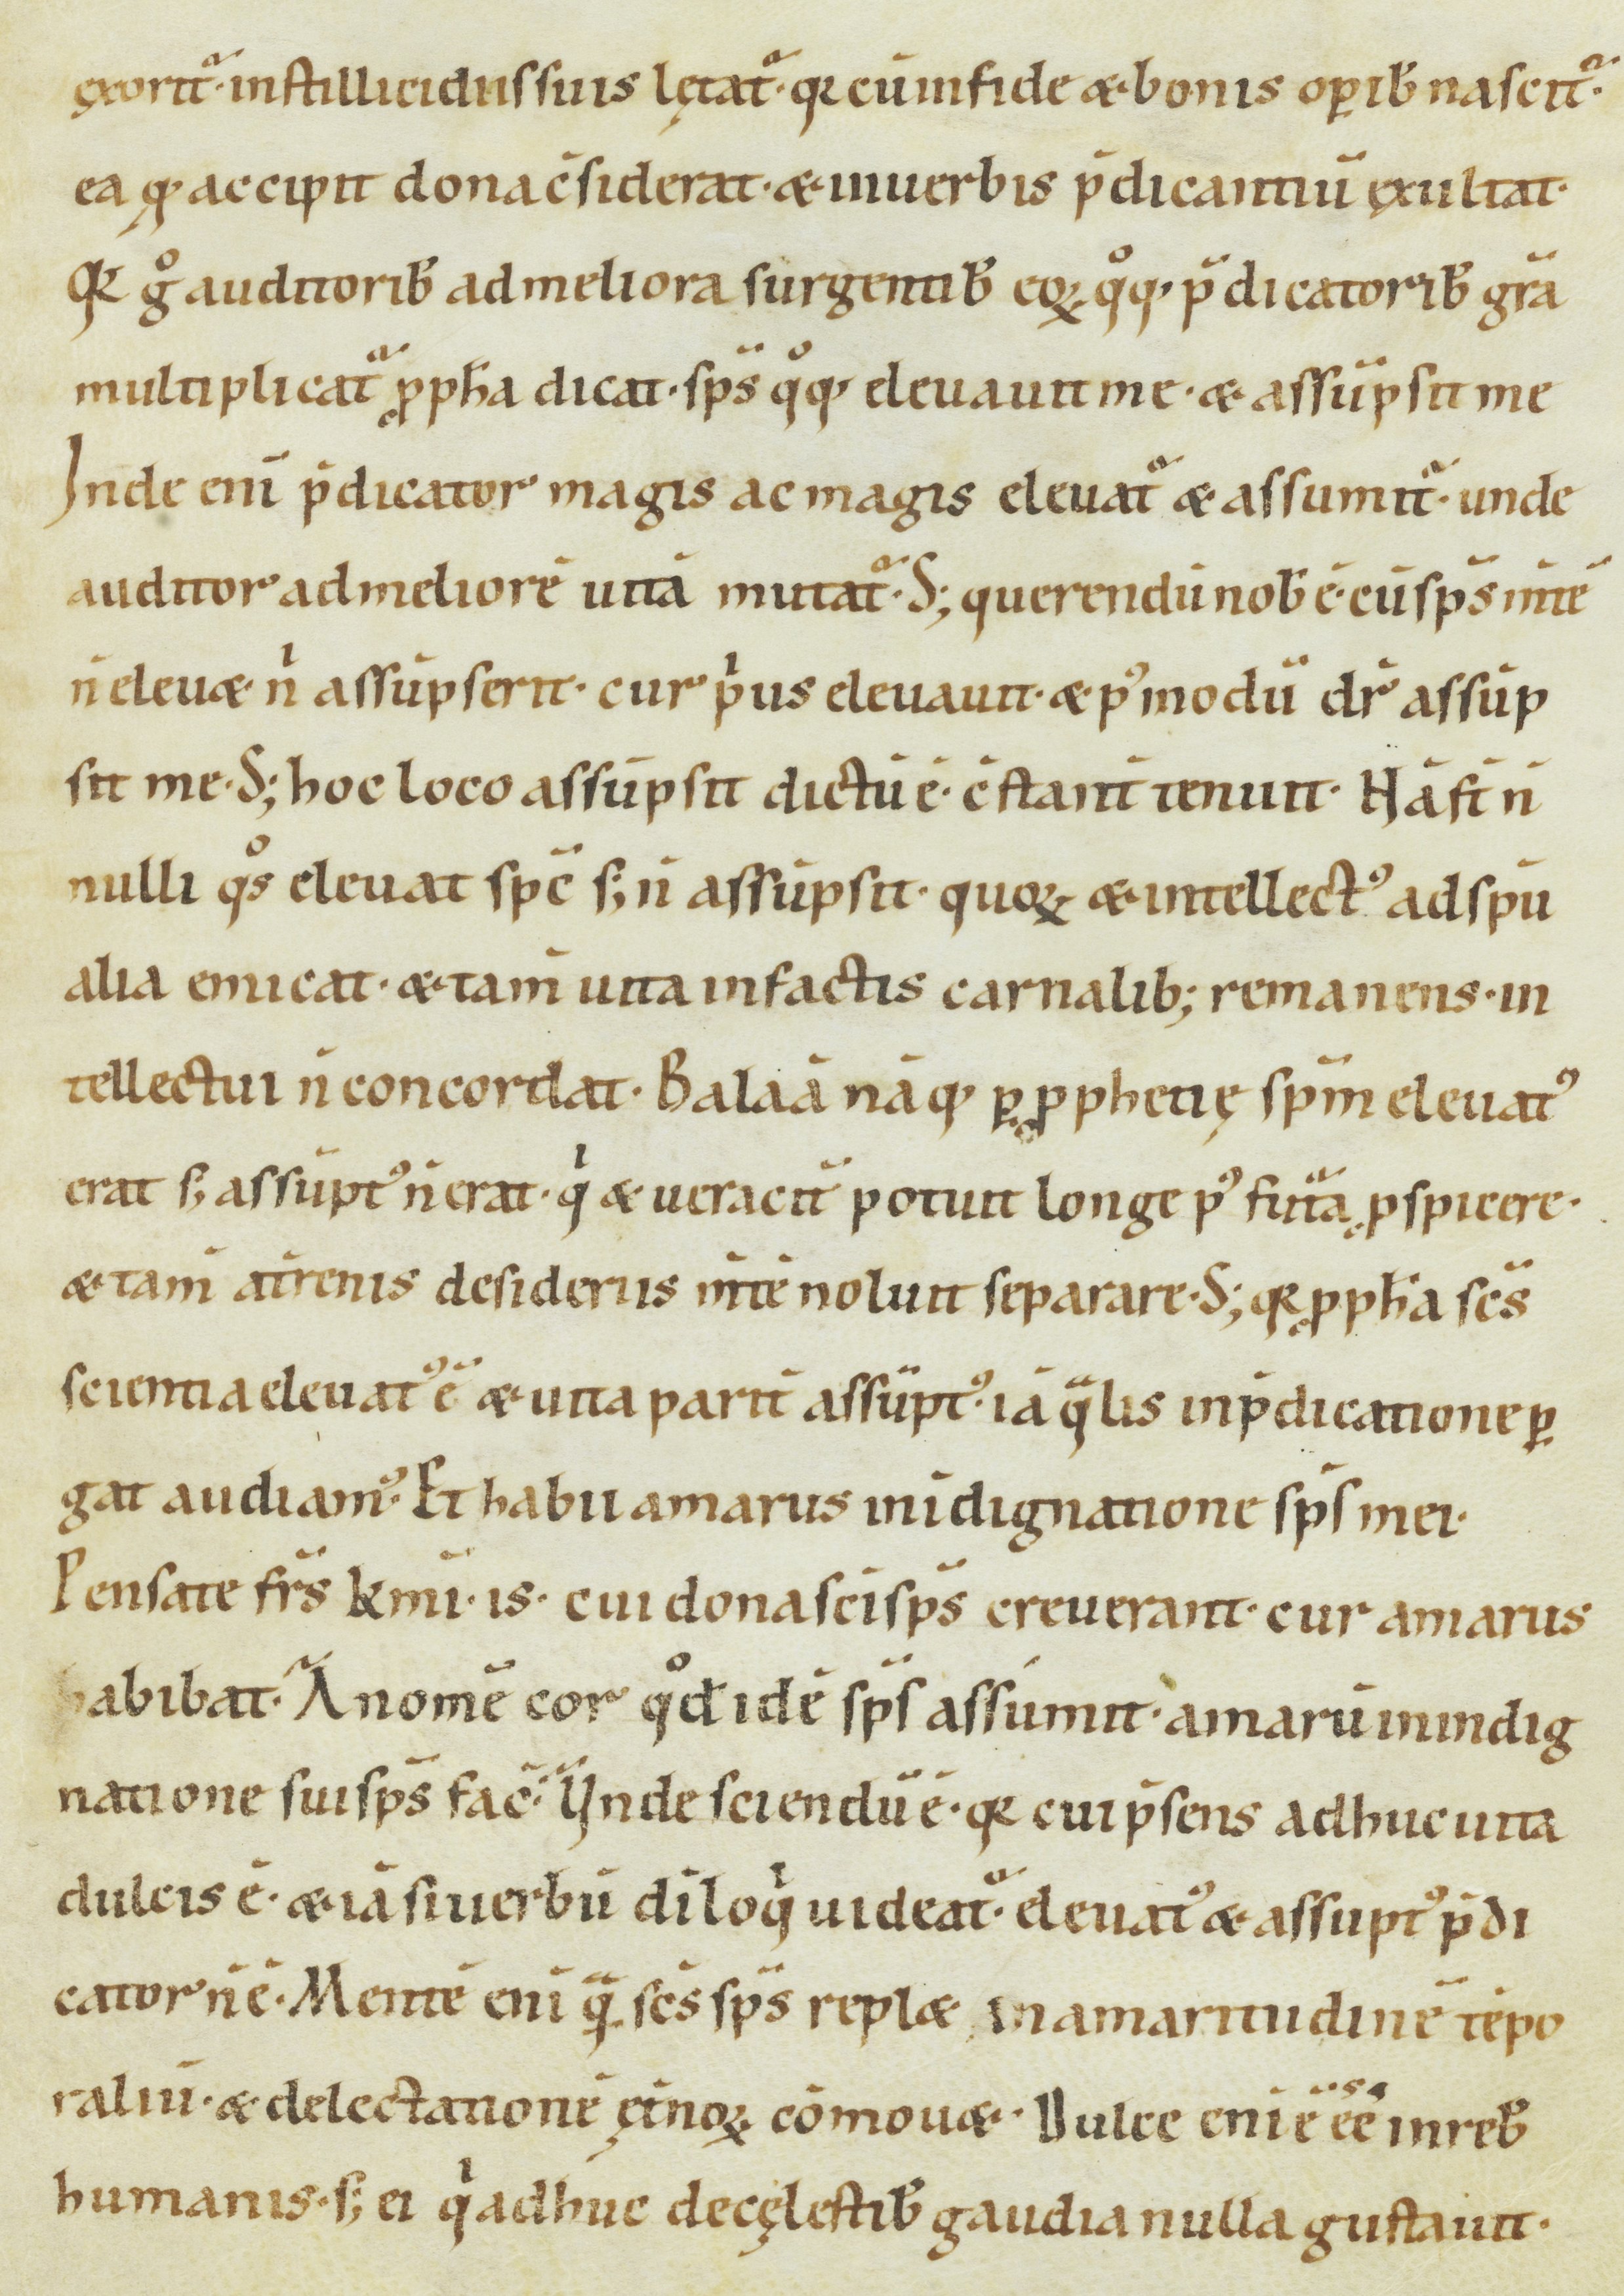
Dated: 1000–1099